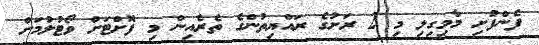
ފެންފުށި މާމިގިލި މި 2 ރަށުގެ ރައްޔިތުންގެ ތެރެއިން މި ފޮށްޓަށް ވޯޓުލުމަށް